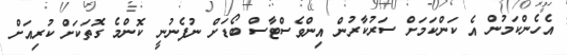
އެހެންކަމުން އެ ކަންކަމަށް ސަރުކާރުން އިންވެސްޓާސް ބޯޑަށް ނުފެނުނީ ކޮންމެ ގޮތަކަށް ކުރިއަށް